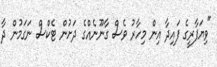
"ވިޔަފާރީގެ ފައިދާ އިން މިހާރު ވެސް ގާނޫނެއްގެ ދަށުން ޓެކްސް ނަގަމުން ދާ